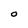
Character: O